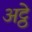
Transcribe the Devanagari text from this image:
अट्ठे